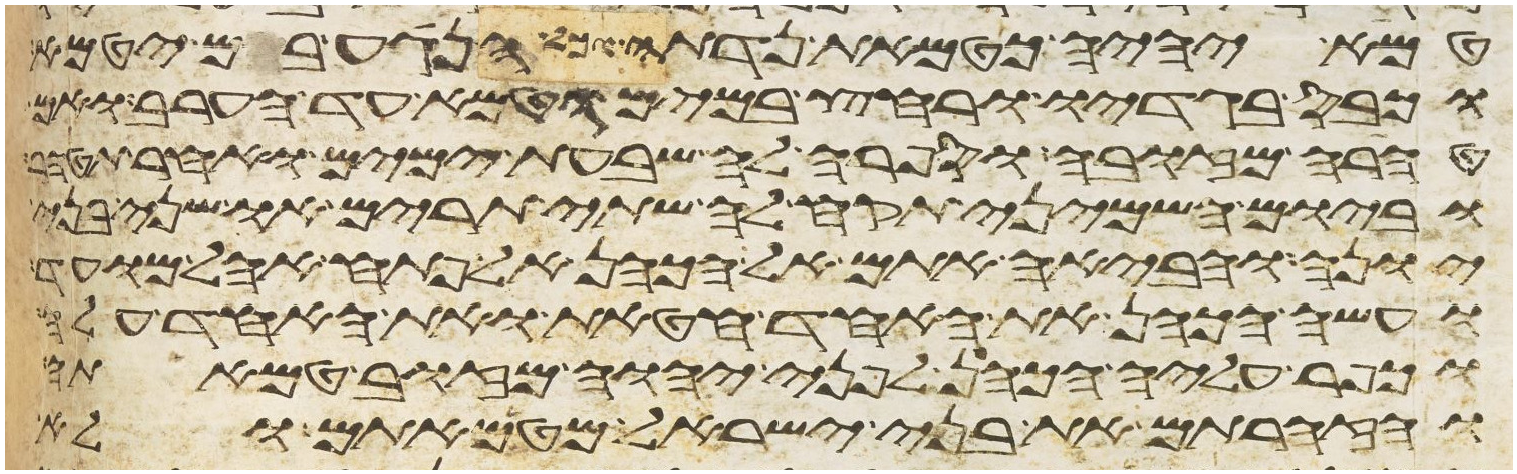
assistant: טמא יהיה כטמאת נדתה כל הנגע בם יטמא
וכבס בגדיו ורחץ במים וטמא עד הערב ואם
טהרה מזובה וספרה לה שבעת ימים ואחר תטהר
וביום השמיני תקח לה שתי תרים או שני בני
יונה והביאה אתם אל הכהן אל פתח אהל מועד
ועשה הכהן את האחד חטאת ואת האחד עלה
וכפר עליה הכהן לפני יהוה מזוב טמאתה
והזהרתם את בני ישראל מטמאתם ולא